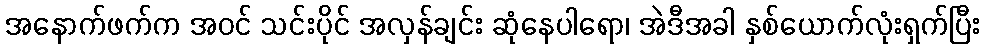
အနောက်ဖက်က အဝင် သင်းပိုင် အလှန်ချင်း ဆုံနေပါရော၊ အဲဒီအခါ နှစ်ယောက်လုံးရှက်ပြီး